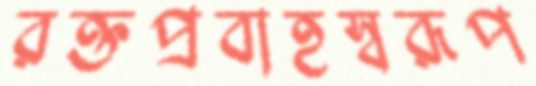
রক্তপ্রবাহস্বরূপ